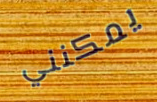
يمكنني